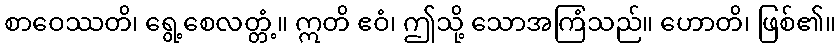
စာဝေဿတိ၊ ရွေ့စေလတ္တံ့။ ဣတိ ဧဝံ၊ ဤသို့ သောအကြံသည်။ ဟောတိ၊ ဖြစ်၏။